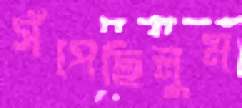
সঁপেছিলুম